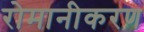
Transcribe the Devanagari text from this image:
रोमानीकरण